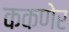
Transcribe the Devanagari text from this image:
ककणेर